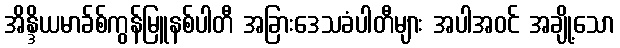
အိန္ဒိယမာခ်စ်ကွန်မြူနစ်ပါတီ အခြားဒေသခံပါတီများ အပါအဝင် အချို့သော